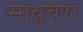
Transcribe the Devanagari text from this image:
साधुचरा